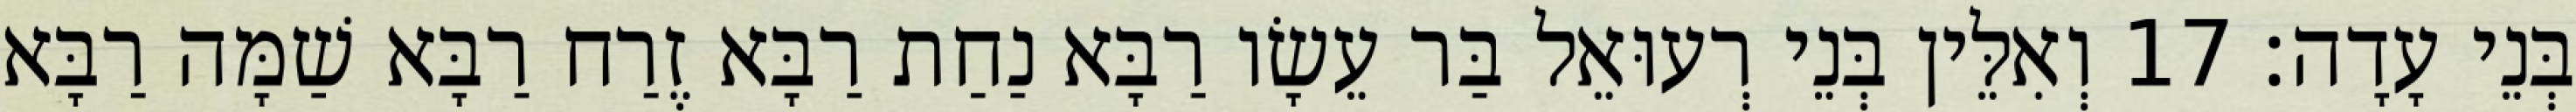
בְּנֵי עָדָה׃ 17 וְאִלֵּין בְּנֵי רְעוּאֵל בַּר עֵשָׂו רַבָּא נַחַת רַבָּא זֶרַח רַבָּא שַׁמָּה רַבָּא